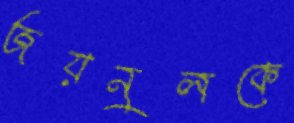
জয়নুলকে